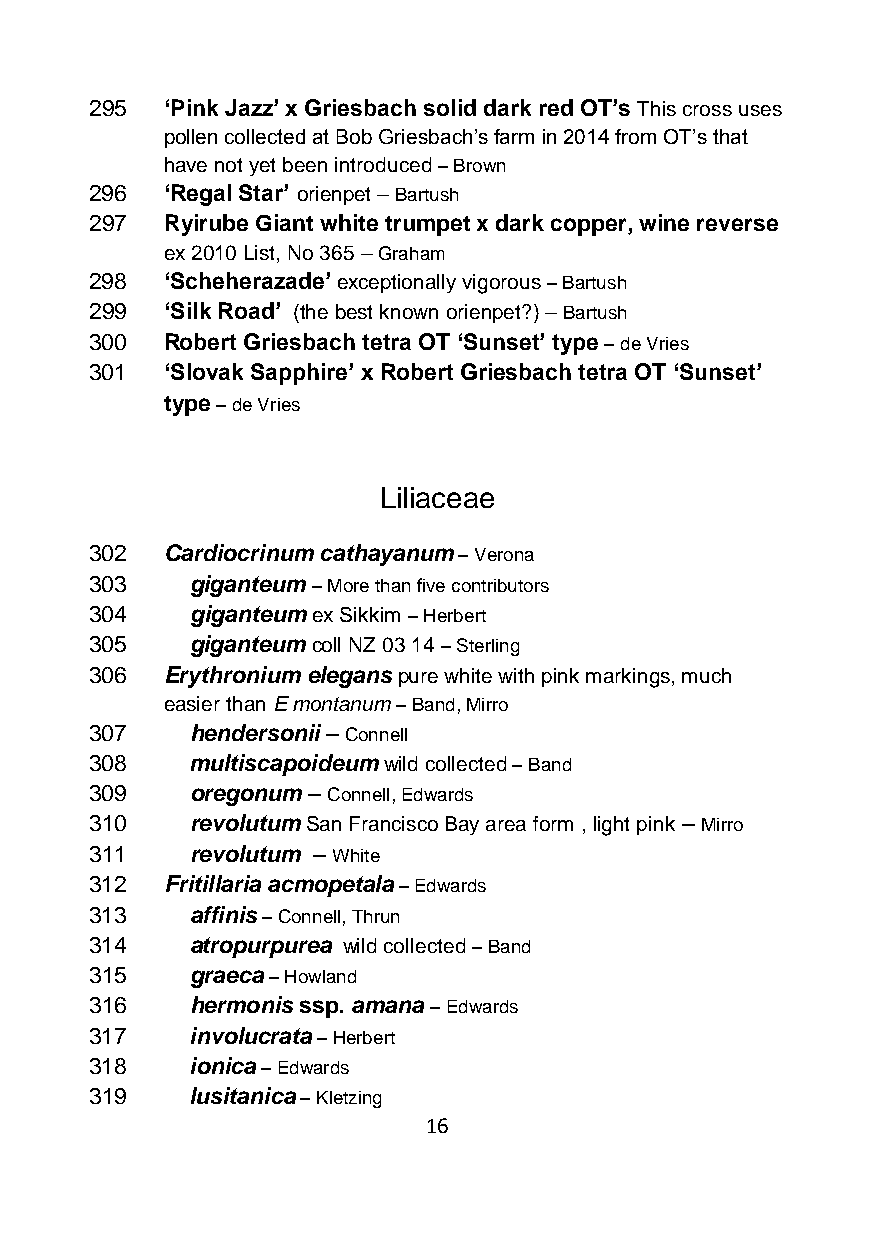
295  ‘Pink Jazz’ x Griesbach solid dark red OT’s This cross uses
 pollen collected at Bob Griesbach’s farm in 2014 from OT’s that
 have not yet been introduced – Brown
 296  ‘Regal Star’ orienpet – Bartush
 297  Ryirube Giant white trumpet x dark copper, wine reverse
 ex 2010 List, No 365 – Graham
 298  ‘Scheherazade’ exceptionally vigorous – Bartush
 299  ‘Silk Road’ (the best known orienpet?) – Bartush
 300  Robert Griesbach tetra OT ‘Sunset’ type – de Vries
 301  ‘Slovak Sapphire’ x Robert Griesbach tetra OT ‘Sunset’
 type – de Vries
 Liliaceae
 302  Cardiocrinum cathayanum – Verona
 303    giganteum – More than five contributors
 304    giganteum ex Sikkim – Herbert
 305    giganteum coll NZ 03 14 – Sterling
 306  Erythronium elegans pure white with pink markings, much
 easier than E montanum – Band, Mirro
 307    hendersonii – Connell
 308    multiscapoideum wild collected – Band
 309    oregonum – Connell, Edwards
 310    revolutum San Francisco Bay area form , light pink – Mirro
 311    revolutum – White
 312  Fritillaria acmopetala – Edwards
 313    affinis – Connell, Thrun
 314    atropurpurea wild collected – Band
 315    graeca – Howland
 316    hermonis ssp. amana – Edwards
 317    involucrata – Herbert
 318    ionica – Edwards
 319    lusitanica – Kletzing
 16